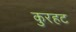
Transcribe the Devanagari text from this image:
कुरहट